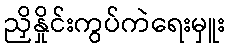
ညှိနှိုင်းကွပ်ကဲရေးမှူး